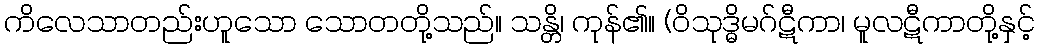
ကိလေသာတည်းဟူသော သောတတို့သည်။ သန္တိ၊ ကုန်၏။ (ဝိသုဒ္ဓိမဂ်ဋီကာ၊ မူလဋီကာတို့နှင့်